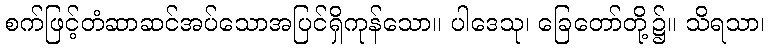
စက်ဖြင့်တံဆာဆင်အပ်သောအပြင်ရှိကုန်သော။ ပါဒေသု၊ ခြေတော်တို့၌။ သိရသာ၊